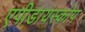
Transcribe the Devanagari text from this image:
एपीडायस्कोप